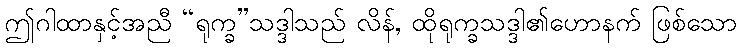
ဤဂါထာနှင့်အညီ “ရုက္ခ”သဒ္ဒါသည် လိန်, ထိုရုက္ခသဒ္ဒါ၏ဟောနက် ဖြစ်သော